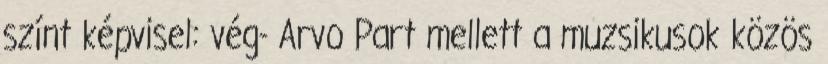
színt képvisel: vég- Arvo Part mellett a muzsikusok közös